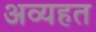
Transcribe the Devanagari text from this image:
अव्यहत